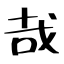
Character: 哉